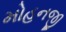
મોહનજી